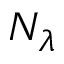
N _ { \lambda }